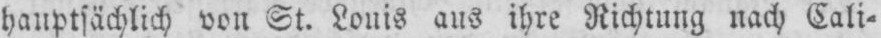
hauptsächlich von St. Louis aus ihre Richtung nach Cali⸗